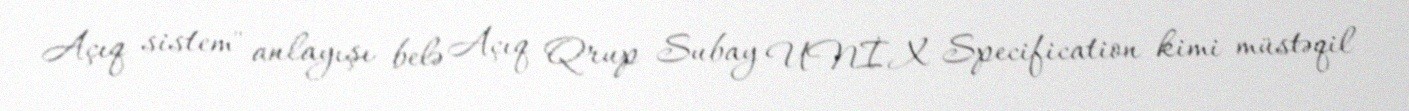
Açıq sistem" anlayışı belə Açıq Qrup Subay UNİX Specification kimi müstəqil